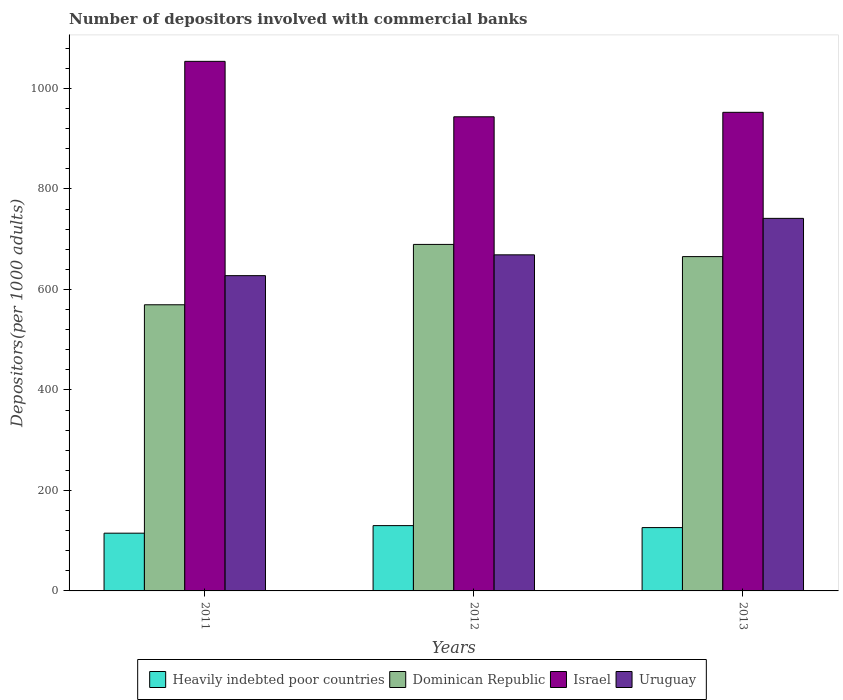
| Years | Heavily indebted poor countries | Dominican Republic | Israel | Uruguay |
 | --- | --- | --- | --- | --- |
 | 2011 | 115 | 570 | 1.05e+03 | 628 |
 | 2012 | 130 | 690 | 944 | 669 |
 | 2013 | 126 | 665 | 953 | 742 |